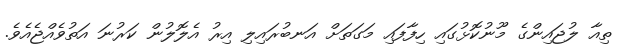
ތިއާ ލުޖައިންގެ މޫނުކޮޅުގައި ހިފާފައި މަގަތަށް އަނބުރައިލި އިރު އެލޮލުން ކަރުނަ އަތުވެއްޖެއެވެ.